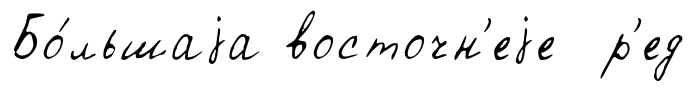
Бо́льшаjа восточн'еjе р'ед